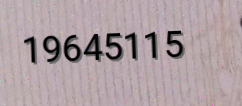
19645115